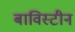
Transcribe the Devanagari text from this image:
बाविस्टीन